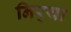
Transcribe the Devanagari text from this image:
निर्‍या